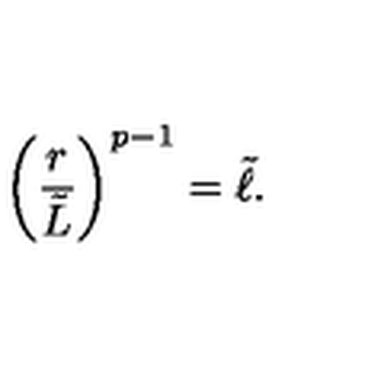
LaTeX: \left( { \frac { r } { \tilde { L } } } \right) ^ { p - 1 } = \tilde { \ell } .